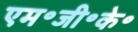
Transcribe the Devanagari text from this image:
एम॰जी॰के॰